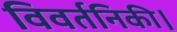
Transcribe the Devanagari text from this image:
विवर्तनिकी।